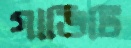
গাভিটি